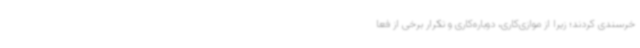
خرسندی کردند؛ زیرا از موازی‌کاری، دوباره‌کاری و تکرار برخی از فعا